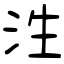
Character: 泩